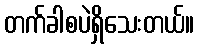
တက်ခါစပဲရှိသေးတယ်။